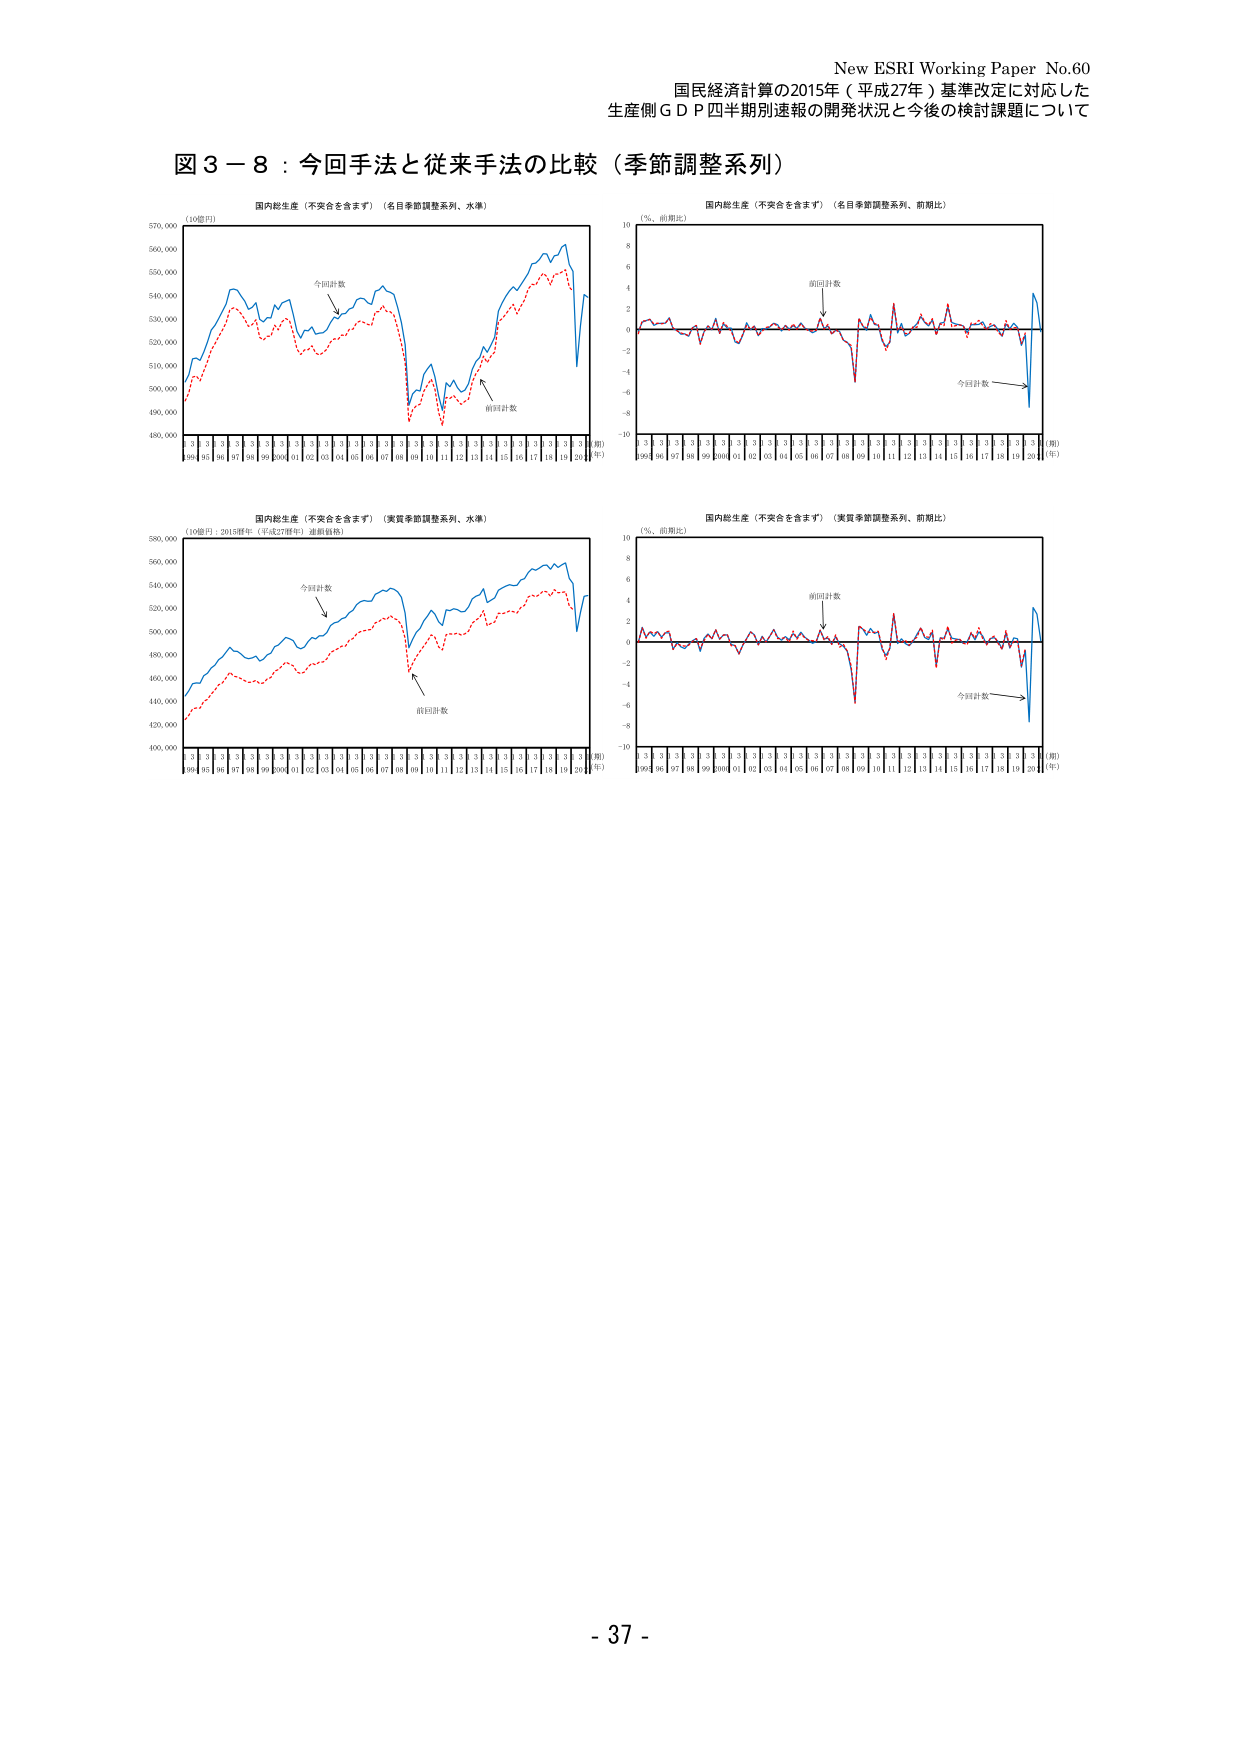
New ESRI Working Paper No.60
国民経済計算の2015年（平成27年）基準改定に対応した
生産側ＧＤＰ四半期別速報の開発状況と今後の検討課題について

図３－８：今回手法と従来手法の比較（季節調整系列）

国内総生産（不安全を含まず）（名目季節調整系列、水準）
(10億円)
570,000
560,000
550,000
540,000
530,000
520,000
510,000
500,000
490,000
480,000
今回計数
前回計数
99 01 03 05 07 98 99 00 01 02 03 04 05 06 07 08 09 10 11 12 13 14 15 16 17 18 19 20 (期)
(年)

国内総生産（不安全を含まず）（名目季節調整系列、前期比）
(％、前期比)
10
8
6
4
2
0
-2
-4
-6
-8
-10
今回計数
前回計数
99 01 03 05 07 98 99 00 01 02 03 04 05 06 07 08 09 10 11 12 13 14 15 16 17 18 19 20 (期)
(年)

国内総生産（不安全を含まず）（実質季節調整系列、水準）
(10億円：2015年（平成27年）連鎖価格)
580,000
560,000
540,000
520,000
500,000
480,000
460,000
440,000
420,000
400,000
今回計数
前回計数
99 01 03 05 07 98 99 00 01 02 03 04 05 06 07 08 09 10 11 12 13 14 15 16 17 18 19 20 (期)
(年)

国内総生産（不安全を含まず）（実質季節調整系列、前期比）
(％、前期比)
10
8
6
4
2
0
-2
-4
-6
-8
-10
今回計数
前回計数
99 01 03 05 07 98 99 00 01 02 03 04 05 06 07 08 09 10 11 12 13 14 15 16 17 18 19 20 (期)
(年)

- 37 -